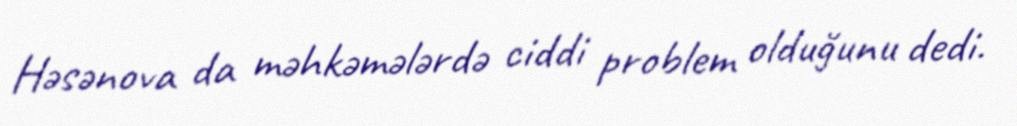
Həsənova da məhkəmələrdə ciddi problem olduğunu dedi.